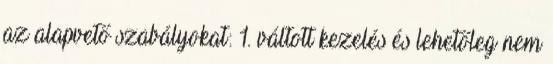
az alapvető szabályokat: 1. váltott kezelés és lehetőleg nem